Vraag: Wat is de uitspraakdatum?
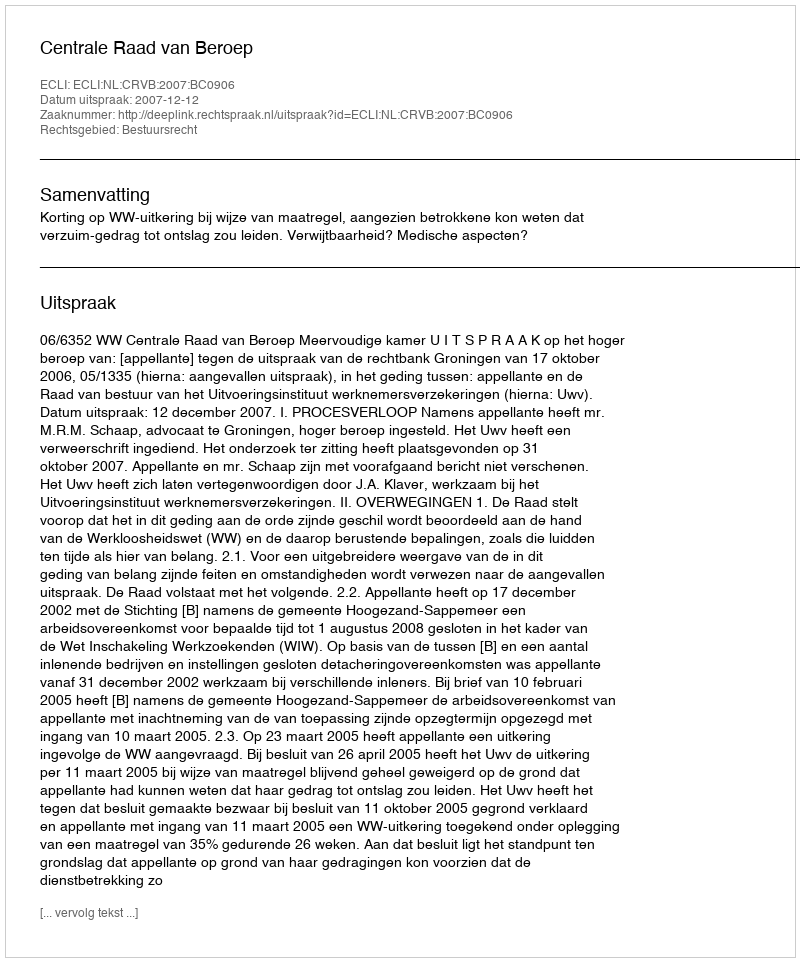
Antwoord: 2007-12-12